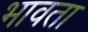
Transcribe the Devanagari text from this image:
भावता